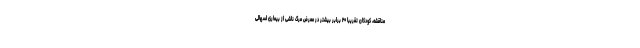
مناقشه، کودکان تقریبا ۲۰ برابر بیشتر در معرض مرگ ناشی از بیماری اسهالی